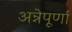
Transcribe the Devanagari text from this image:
अन्नेपूर्णा